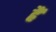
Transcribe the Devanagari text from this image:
ह्रैं